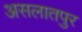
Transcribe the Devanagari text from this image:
असलातपुर